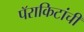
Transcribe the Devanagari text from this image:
पॅराकिटांची